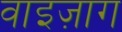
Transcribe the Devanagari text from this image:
वाइज़ाग